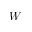
W